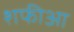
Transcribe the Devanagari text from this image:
शफीआ